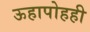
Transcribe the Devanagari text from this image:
ऊहापोहही